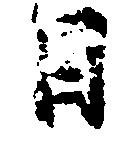
日